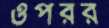
ওপরর